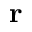
\mathbf { r }